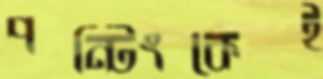
পন্টিংকেই